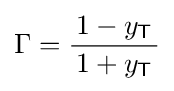
\Gamma ={\frac {1-y_{\mathsf {T}}}{\,1+y_{\mathsf {T}}\,}}